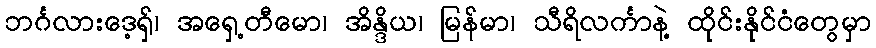
ဘင်္ဂလားဒေ့ရှ်၊ အရှေ့တီမော၊ အိန္ဒိယ၊ မြန်မာ၊ သီရိလင်္ကာနဲ့ ထိုင်းနိုင်ငံတွေမှာ